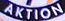
AKTION